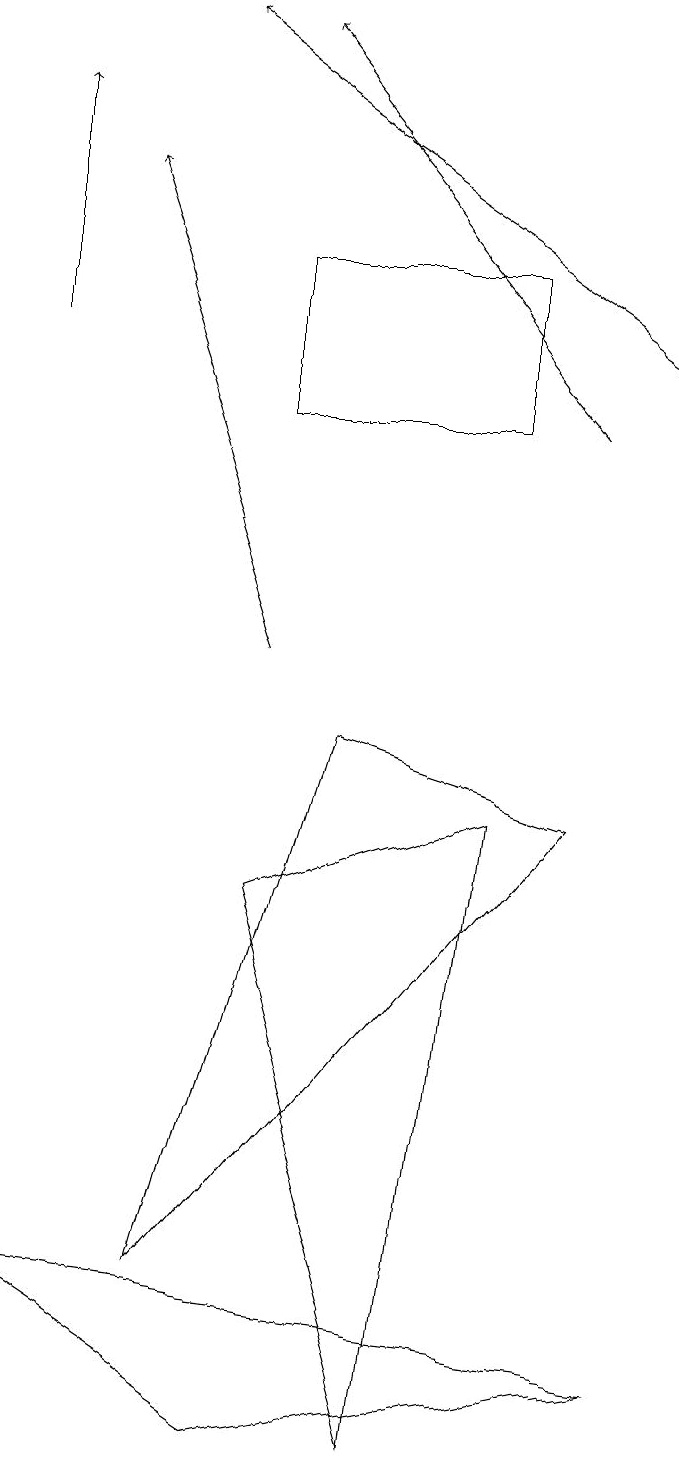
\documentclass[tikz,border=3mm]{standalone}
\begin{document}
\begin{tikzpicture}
\draw (9,1) -- (1,2) -- (4,0) -- cycle;
\draw[->] (1,14) -- (1,17);
\draw[->] (4,10) -- (2,16);
\draw[->] (8,13) -- (4,18);
\draw (3,2) -- (8,8) -- (5,9) -- cycle;
\draw (6,0) -- (4,7) -- (7,8) -- cycle;
\draw (4,15) rectangle (7,13);
\draw[->] (9,14) -- (3,18);
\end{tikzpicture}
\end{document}